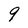
Character: 9